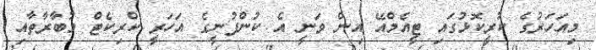
މިއަހަރުގެ ކުރީކޮޅުގައި ޓީއެމްއޭ އިން ވަނީ އެ ކުންފުނީގެ އަހަރީ ކްރިކެޓް މުބާރާތާއި